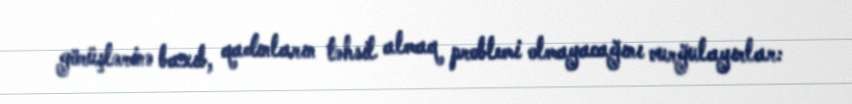
görüşlərinə baxıb, qadınların təhsil almaq problemi olmayacağını vurğulayırlar: